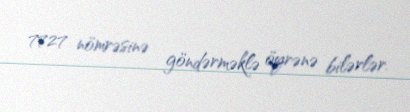
7727 nömrəsinə göndərməklə öyrənə bilərlər.